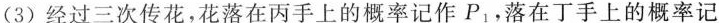
(3)经过三次传花，花落在丙手上的概率记作P_{1}，落在丁手上的概率记